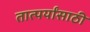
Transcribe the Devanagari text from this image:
तात्पर्यांसाठी